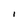
Character: I